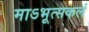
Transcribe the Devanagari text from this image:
माऽभूत्सकलं